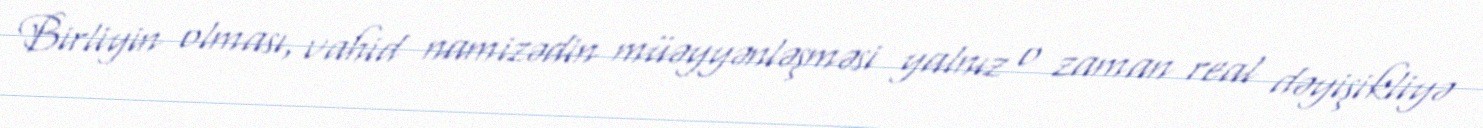
Birliyin olması, vahid namizədin müəyyənləşməsi yalnız o zaman real dəyişikliyə